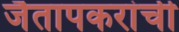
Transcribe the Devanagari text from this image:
जैतापकरांची